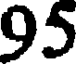
95